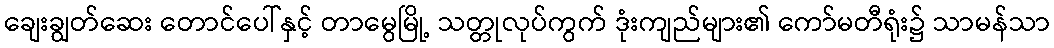
ချေးချွတ်ဆေး တောင်ပေါ်နှင့် တာမွေမြို့ သတ္တုလုပ်ကွက် ဒုံးကျည်များ၏ ကော်မတီရုံး၌ သာမန်သာ